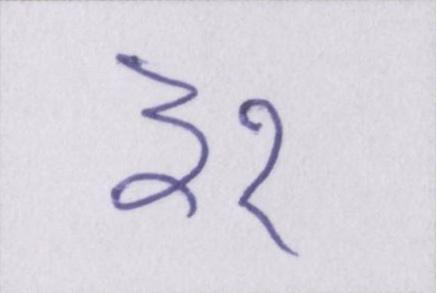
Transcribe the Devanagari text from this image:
३२